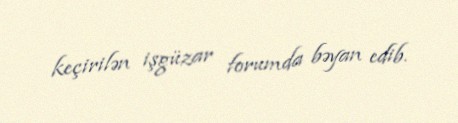
keçirilən işgüzar forumda bəyan edib.